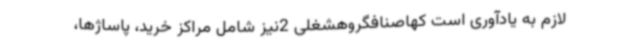
لازم به یادآوری است کهاصنافگروهشغلی 2نیز شامل مراکز خرید، پاساژها،